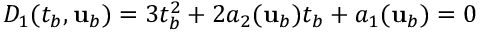
D _ { 1 } ( t _ { b } , { \mathbf { u } } _ { b } ) = 3 t _ { b } ^ { 2 } + 2 a _ { 2 } ( { \mathbf { u } } _ { b } ) t _ { b } + a _ { 1 } ( { \mathbf { u } } _ { b } ) = 0